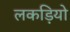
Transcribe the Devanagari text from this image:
लकड़ियो